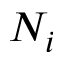
N _ { i }